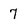
Character: 7